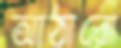
আঠারো